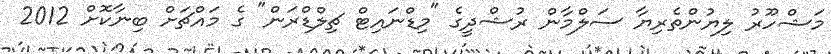
މަޝްހޫރު ލިޔުންތެރިޔާ ސަލްމާން ރުޝްދީގެ "މިޑްނައިޓް ޗިލްޑްރަން" ގެ މައްޗަށް ބިނާކޮށް 2012